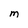
Character: M